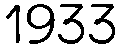
1933